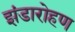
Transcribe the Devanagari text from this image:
झंडारोहण